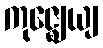
ကုဇ္ဈေယျ